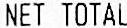
NET TOTAL